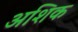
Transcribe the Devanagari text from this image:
अशिक